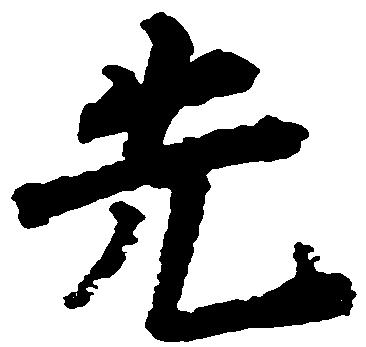
先